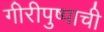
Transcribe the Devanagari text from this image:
गीरीपुष्पाची